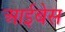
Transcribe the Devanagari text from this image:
आईबेस